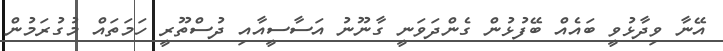
އޭނާ ވިދާޅުވީ ބައެއް ބޭފުޅުން ގެންދަވަނީ ގާނޫނު އަސާސީއާއި ދުސްތޫރީ ހަމަތައް މުގުރަމުން